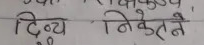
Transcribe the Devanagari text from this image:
दिव्य निकेतने